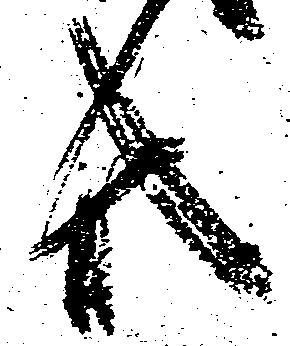
共